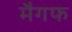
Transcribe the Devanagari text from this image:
मैगफ